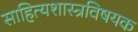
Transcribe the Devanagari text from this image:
साहित्यशास्त्रविषयक